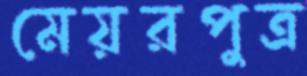
মেয়রপুত্র